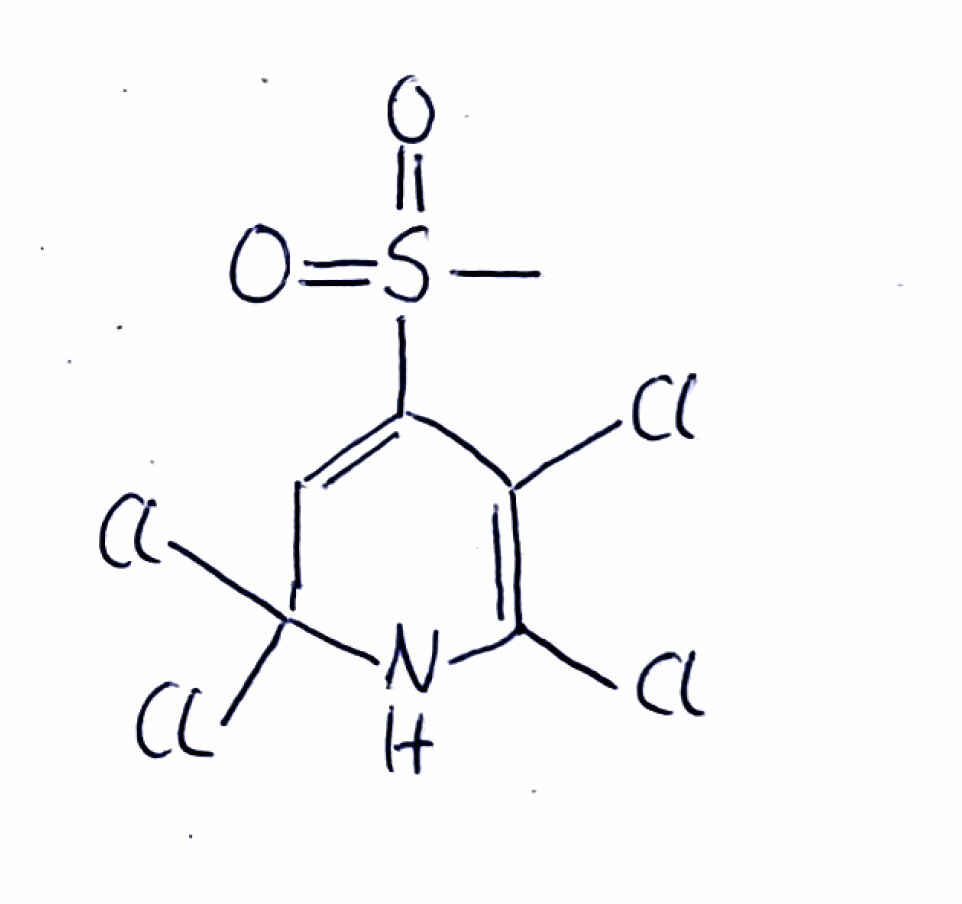
Simplified molecular-input line-entry system (SMILES) notation of the given molecule:
CS(=O)(=O)C1=CC(NC(=C1Cl)Cl)(Cl)Cl